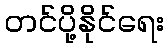
တင်ပို့နိုင်ရေး